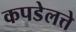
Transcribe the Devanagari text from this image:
कपडेलत्ते